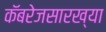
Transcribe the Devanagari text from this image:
कॅबरेजसारख्या